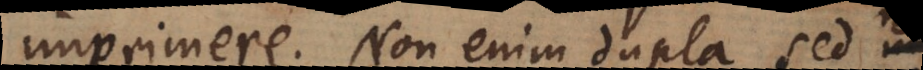
imprimere. Non enim dupla sed